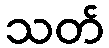
သတ်